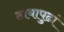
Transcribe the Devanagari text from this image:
ठायापुढां